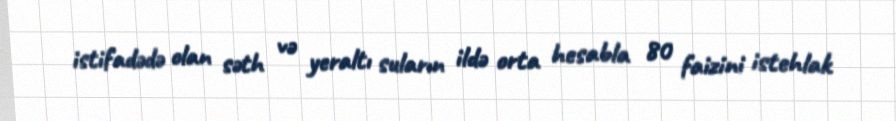
istifadədə olan səth və yeraltı suların ildə orta hesabla 80 faizini istehlak